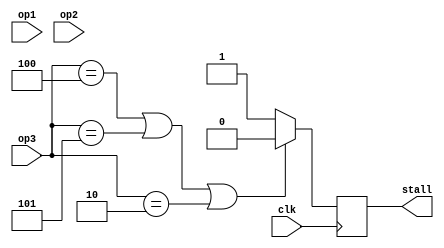
module Controlstall(clk,op1,op2,op3,stall);
input [5:0]op1,op2,op3;
input clk;
output reg stall;
initial begin
stall=1'b1;
end
always @(posedge clk)begin


if(op1==6'b000100 | op1==6'b000101 | op1==6'b000010)begin// beq or bne or j
stall=1'b0;
end
if(op2==6'b000100 | op2==6'b000101 | op2==6'b000010)begin// beq or bne or j
stall=1'b0;
end
if(op3==6'b000100 | op3==6'b000101 | op3==6'b000010)begin// beq or bne or j
stall=1'b0;
end
else begin
stall=1'b1;
end

end


endmodule